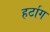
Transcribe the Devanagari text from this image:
हर्टाग